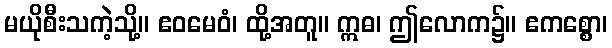
မယိုစီးသကဲ့သို့။ ဧဝမေဝံ၊ ထို့အတူ။ ဣဓ၊ ဤလောက၌။ ဧကစ္စော၊